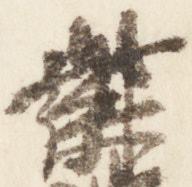
紫